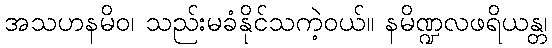
အသဟနမိဝ၊ သည်းမခံနိုင်သကဲ့ဝယ်။ နမိဏ္ဍလဖရိယန္တ၊